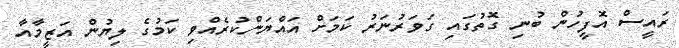
ރައީސް އޮފީހުން ބުނި ގޮތުގައި ގަވަރުނަރު ކަމަށް އައްޔަންކުރެއްވި ކަމުގެ ލިޔުން އަޒީމާއާ